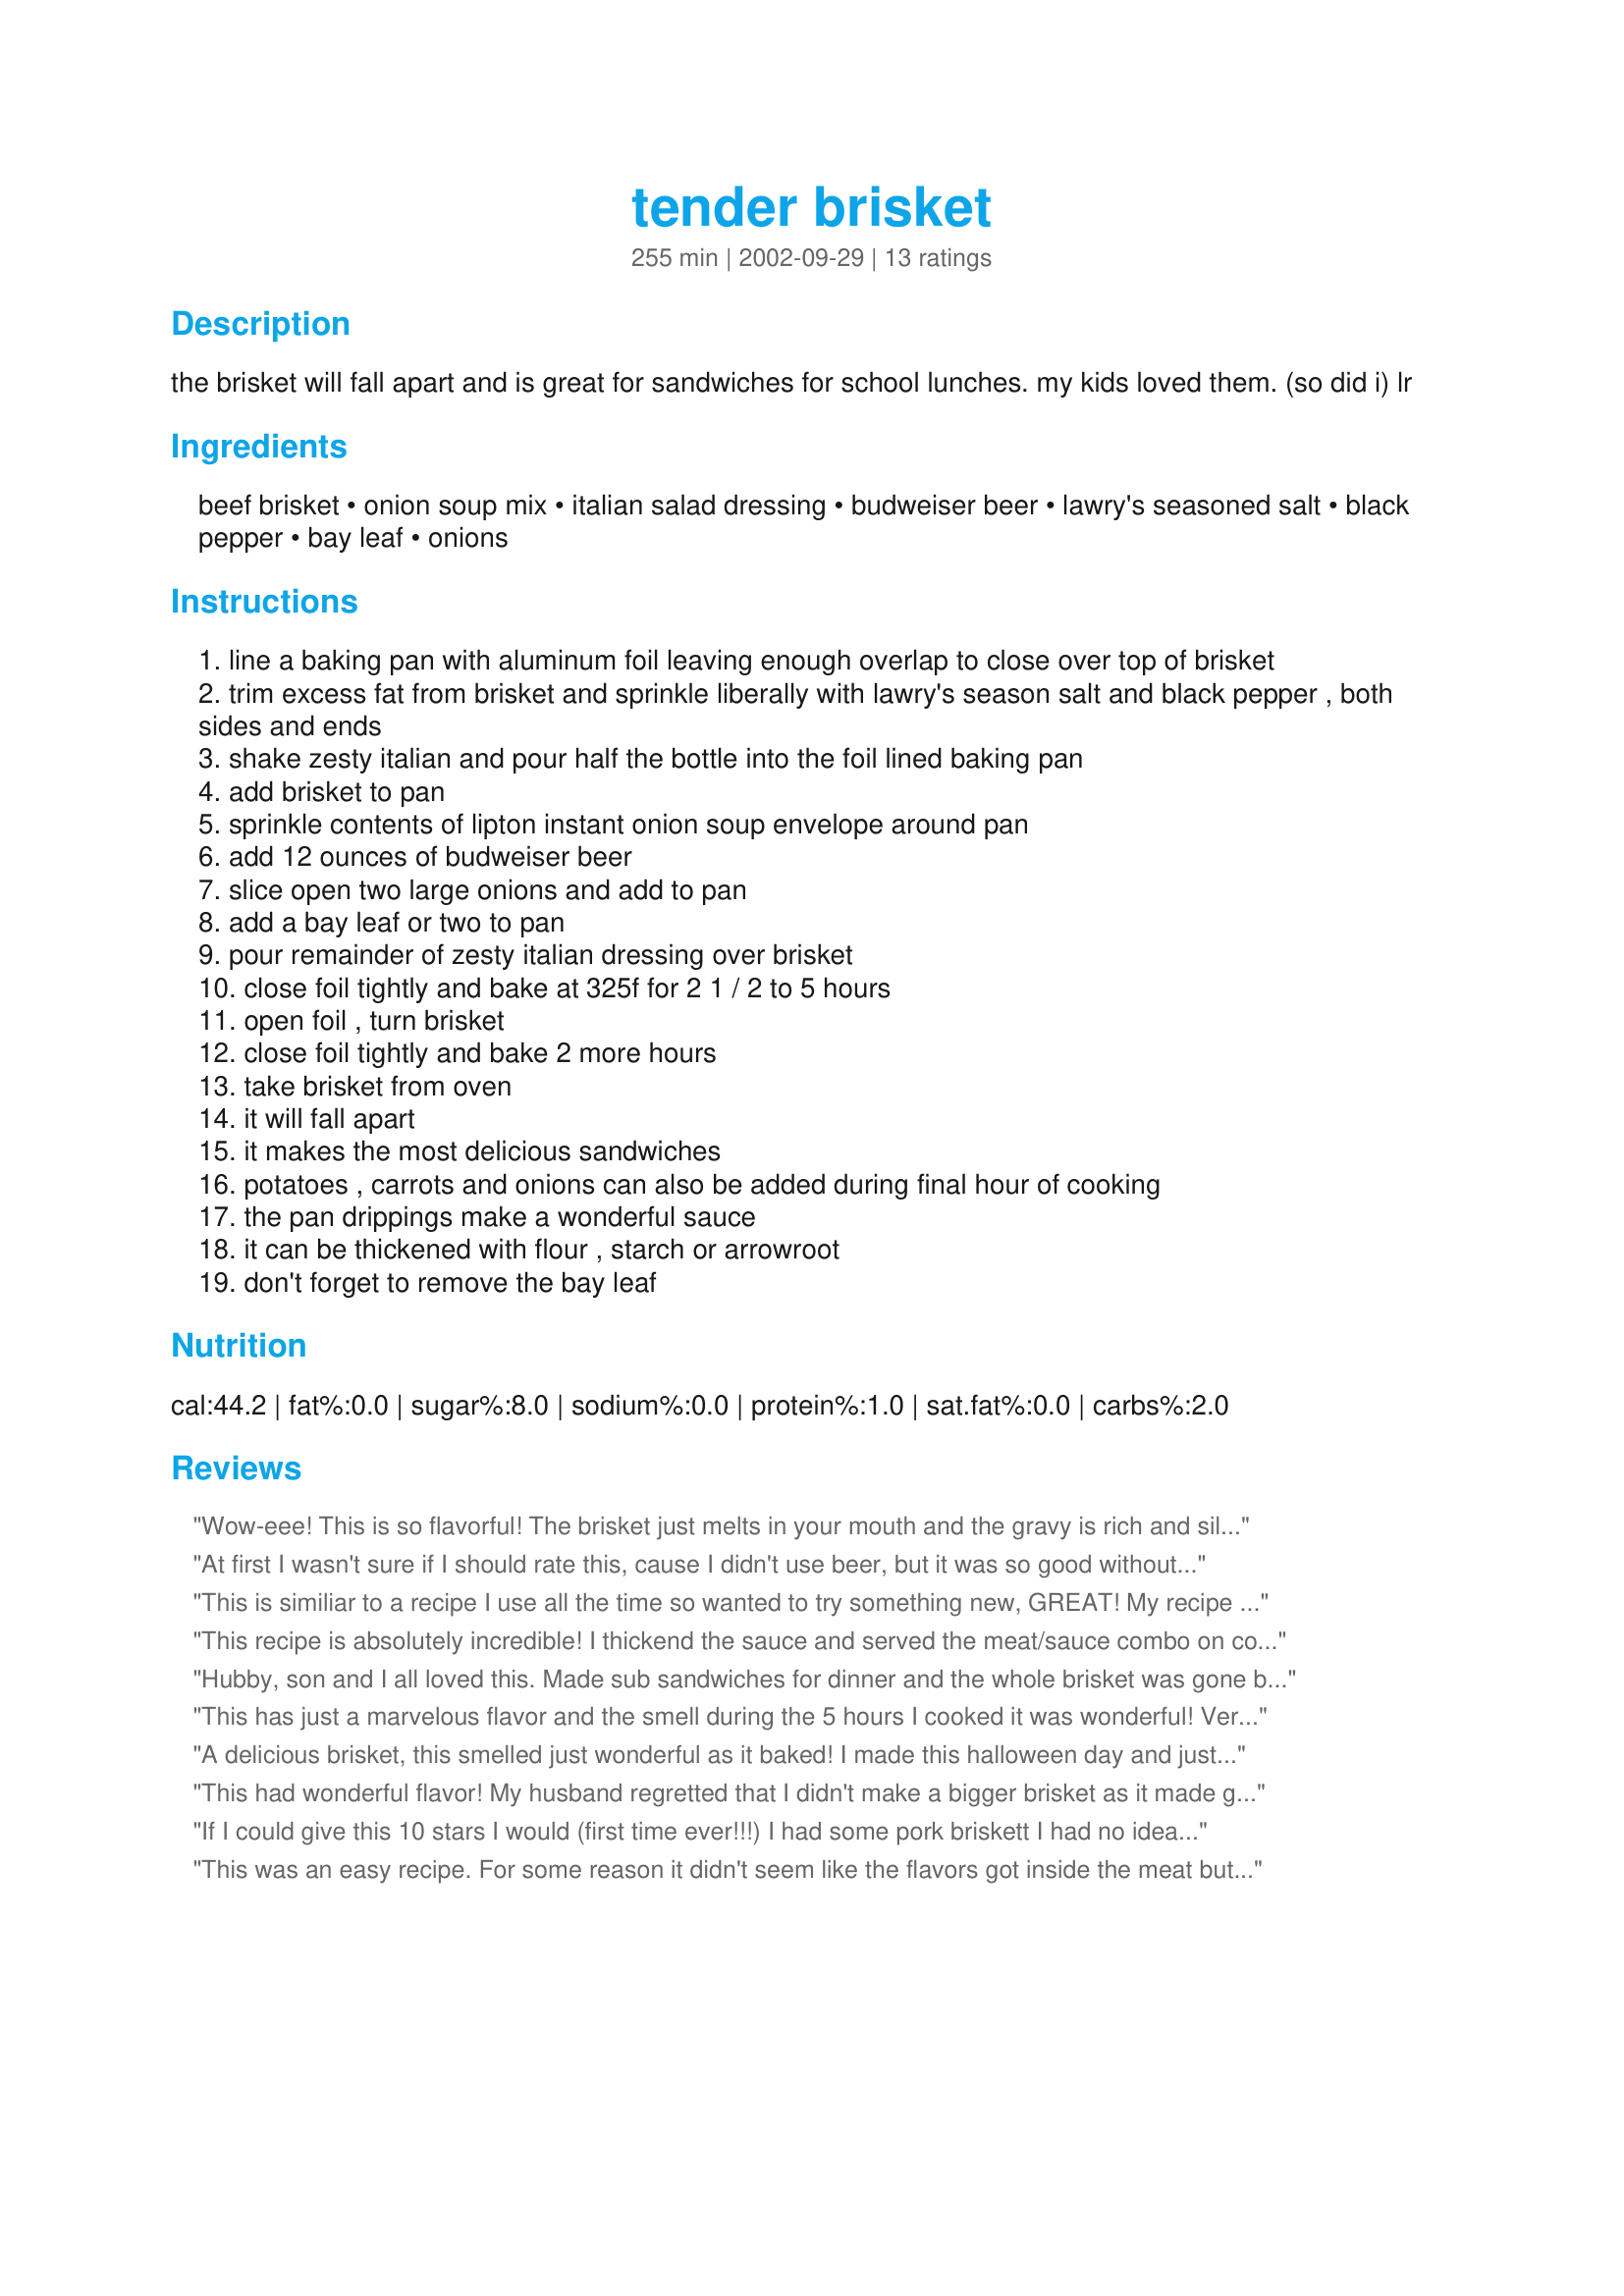
tender brisket
Preparation time: 255 minutes

the brisket will fall apart and is great for sandwiches for school lunches. my kids loved them. (so did i) lr

Ingredients:
beef brisket, onion soup mix, italian salad dressing, budweiser beer, lawry's seasoned salt, black pepper, bay leaf, onions

Steps:
line a baking pan with aluminum foil leaving enough overlap to close over top of brisket
trim excess fat from brisket and sprinkle liberally with lawry's season salt and black pepper , both sides and ends
shake zesty italian and pour half the bottle into the foil lined baking pan
add brisket to pan
sprinkle contents of lipton instant onion soup envelope around pan
add 12 ounces of budweiser beer
slice open two large onions and add to pan
add a bay leaf or two to pan
pour remainder of zesty italian dressing over brisket
close foil tightly and bake at 325f for 2 1 / 2 to 5 hours
open foil , turn brisket
close foil tightly and bake 2 more hours
take brisket from oven
it will fall apart
it makes the most delicious sandwiches
potatoes , carrots and onions can also be added during final hour of cooking
the pan drippings make a wonderful sauce
it can be thickened with flour , starch or arrowroot
don't forget to remove the bay leaf

Reviews:
Wow-eee! This is so flavorful! The brisket just melts in your mouth and the gravy is rich and silky. I followed the recipe as written except that I used 1/2 Zesty Italian and 1/2 Caesar dressing (all that I had on hand) and a Michelob instead of a Budweiser. I started with a 10 lb. (prior to trimming) beast of a brisket and did not brown it beforehand (no pan big enough). I roasted it for three hours before flipping it over and then roasted for three more. It made the house smell wonderful all day long!
At first I wasn't sure if I should rate this, cause I didn't use beer, but it was so good without it I decided to let everyone know! This is absolutely delicious!!! I used water with a little soy sauce instead. I think you might need to make a correction. Check numbers 10 and 11 on the instuctions. I did add baby potatoes and carrots too. Yum!
This is similiar to a recipe I use all the time so wanted to try something new, GREAT! My recipe I sear the brisket in peanut oil-not evoo and use paprika instead of Lawrys and use just the onion soup mix and a can of Vernors Ginger Ale..rather than beer and italian dressing--this was a nice change. I usually only use a 3-4 pound trimemd brisket but want to try a 10 pounder someone mentioned in their review so it'ss last longer.
This recipe is absolutely incredible!
 I thickend the sauce and served the meat/sauce combo on cocktail buns as little sandwiches. I plan to make these again for New Years only I will double the recipe. Thank you!!!!
Hubby, son and I all loved this. Made sub sandwiches for dinner and the whole brisket was gone between the 3 of us (picky son didn't like it, go figure!). Next time I will reduce the cooking time by a couple of hours (it cooked for 8 hours, too long). I might add a little water to the mix to soften up the beer and Italian dressing a little. It was a tad strong but, then again I did cook it too long. Made sauteed onions and mushrooms and served with red wine vinegar and mozarella. Wonderful!
This has just a marvelous flavor and the smell during the 5 hours I cooked it was wonderful! Very easy and great for the superbowl on whole wheat rolls. A keeper for sure!
A delicious brisket, this smelled just wonderful as it baked! I made this halloween day and just put out "do it yourself platter"s for my family so we could "eat on the run. A couple of little goblins asked "OH, Whats that smell!?!" when I opened the door...should have given them a sandwich and not a Milky Way!
Thanks for this recipe RL Beckwith, its very easy and very good.
This had wonderful flavor! My husband regretted that I didn't make a bigger brisket as it made great leftovers.

Two notes: I found the aroma of the Italian dressing quite strong and removed it after about two hours and added a can of beef broth. Next time, I think I'll try the balsamic vinaigrette suggested by an earlier reviewer. Also, I used a dark local brew instead of the Budweiser.
If I could give this 10 stars I would (first time ever!!!) I had some pork briskett I had no idea what to do with & substituted that. Low on the zesty italian so I added some ceasar & a little olive oil + some red pepper flakes. Cooked for 2 hours @ 350 (low on time too) and MAN O MAN, served on flaky biscuits for a saturday casual dinner & couldn't get enough, tender, juicy, plump... Mouthwatering. You HAVE to make this!!! I'm sure it would be awesome with beef as well, the kitchen smelled incredible! GREAT RECIPE LR!!! Thank you!!!
This was an easy recipe. For some reason it didn't seem like the flavors got inside the meat but stayed on the outside. The crust was awesome though. I am thinking of either marinating it for a bit before cooking or possibly injecting the brisket with some of the salad dressing/beer mixture next time.
This was very good. I used a balsamic vinaigrette instead of the Kraft Zesty Italian - it turned out great. The sauce had a wonderful flavor. Fantastic!
Excellent brisket, it was to tasty and tender. I followed the recipe to a T and was so pleased. This is definately a keeper!
What a wonderful recipe! I made it just as directed and it FALLS APART! Am preparing it again right now. Thank you for sharing!
